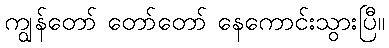
ကျွန်တော် တော်တော် နေကောင်းသွားပြီ။